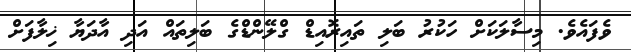
ވެފައެވެ. މިސާލަކަށް ހަކުރު ބަލި ތައިރޮއިޑް ގްލޭންޑްގެ ބަލިތައް އަދި އާދަޔާ ޚިލާފަށް